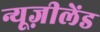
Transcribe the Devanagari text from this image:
न्यूज़ीलेंड